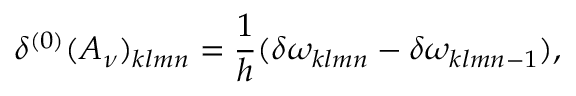
\delta ^ { ( 0 ) } ( { \cal A } _ { \nu } ) _ { k l m n } = { \frac { 1 } { h } } ( \delta \omega _ { k l m n } - \delta \omega _ { k l m n - 1 } ) ,